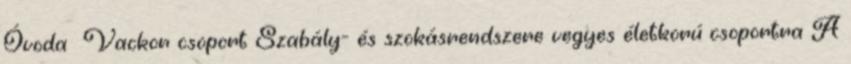
Óvoda Vackor csoport Szabály- és szokásrendszere vegyes életkorú csoportra A